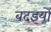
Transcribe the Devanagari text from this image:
बदइयों